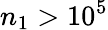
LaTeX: n_{1}>10^{5}